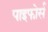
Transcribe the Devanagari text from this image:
पाइफोर्स